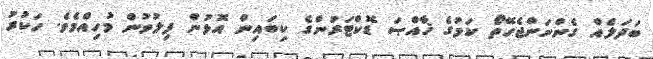
ބަދަލެއް ގެންނަންޖެހޭތޯ ކަމުގެ ޚާއްޞަ ޑޮކްޓަރުންގެ ކިބައިން އޮޅުން ފިލުވުން މުހިއްމެވެ. ހަކުރު